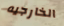
الخارجيه